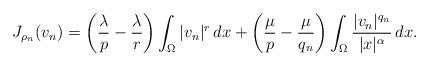
LaTeX: \begin{align*}J_{\rho_n}(v_n)=\left(\frac{\lambda}{p}-\frac{\lambda}{r}\right)\int_\Omega |v_n|^r\, dx +\left(\frac{\mu}{p}-\frac{\mu}{q_n}\right)\int_{\Omega}\frac{|v_n|^{q_n}}{|x|^\alpha}\, dx.\end{align*}